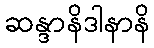
ဆန္ဒာနိဒါနာနိ